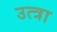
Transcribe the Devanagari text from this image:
उत्त्रा